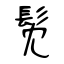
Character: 髧